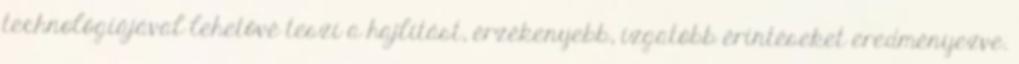
technológiájával lehetővé teszi a hajlítást, érzékenyebb, izgatóbb érintéseket eredményezve.